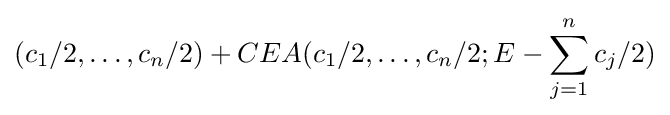
(c_{1}/2,\ldots ,c_{n}/2)+CEA(c_{1}/2,\ldots ,c_{n}/2;E-\sum _{j=1}^{n}c_{j}/2)